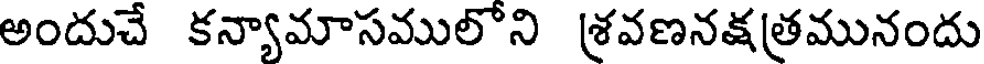
అందుచే కన్యామాసములొని శ్రవణనక్షత్రమునందు